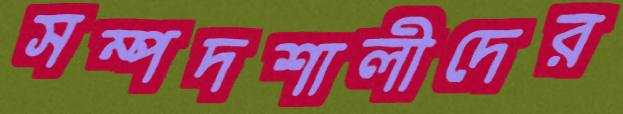
সম্পদশালীদের